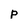
Character: p